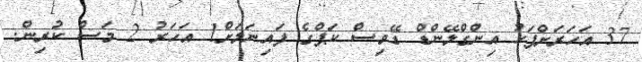
37 އަހަރަށްފަހު އިންގްލޭންޑް ޑޭވިސް ކަޕްގެ ފައިނަލަށް1 އަހަރު 2 މަސް ކުރިން.